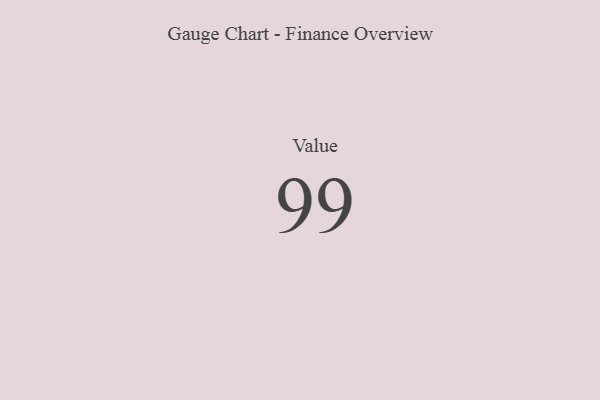
{"axis": {"x": "Metric", "y": "Value"}, "legend": [""], "data": [{"x": "Value", "y": 99, "type": ""}]}